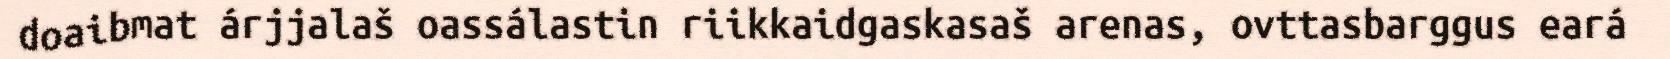
doaibmat árjjalaš oassálastin riikkaidgaskasaš arenas, ovttasbarggus eará